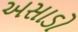
અસાડો